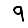
Digit: 9